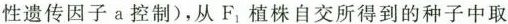
性遗传因子a控制)，从F_{1}|植株自交所得到的种子中取